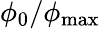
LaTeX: \phi_{0}/\phi_{\mathrm{max}}